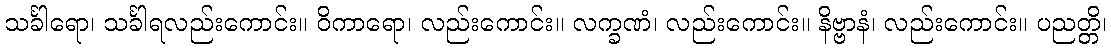
သင်္ခါရော၊ သင်္ခါရလည်းကောင်း။ ဝိကာရော၊ လည်းကောင်း။ လက္ခဏံ၊ လည်းကောင်း။ နိဗ္ဗာနံ၊ လည်းကောင်း။ ပညတ္တိ၊